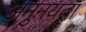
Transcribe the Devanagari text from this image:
अनुनयता